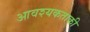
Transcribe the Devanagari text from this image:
आवश्‍यकताकी